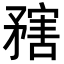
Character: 𥎆